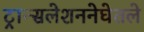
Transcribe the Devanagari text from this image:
ट्रान्सलेशननेघेतले